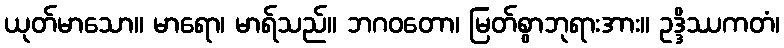
ယုတ်မာသော။ မာရော၊ မာရ်သည်။ ဘဂဝတော၊ မြတ်စွာဘုရားအား။ ဥဒ္ဒိဿကတံ၊